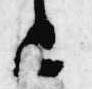
上